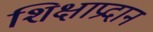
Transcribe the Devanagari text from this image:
शिक्षाप्रदान